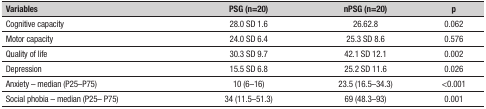
<table><thead><tr><td><b>Variables</b></td><td><b>PSG (n=20)</b></td><td><b>nPSG (n=20)</b></td><td><b>p</b></td></tr></thead><tbody><tr><td>Cognitive capacity</td><td>28.0 SD 1.6</td><td>26.62.8</td><td>0.062</td></tr><tr><td>Motor capacity</td><td>24.0 SD 6.4</td><td>25.3 SD 8.6</td><td>0.576</td></tr><tr><td>Quality of life</td><td>30.3 SD 9.7</td><td>42.1 SD 12.1</td><td>0.002</td></tr><tr><td>Depression</td><td>15.5 SD 6.8</td><td>25.2 SD 11.6</td><td>0.026</td></tr><tr><td>Anxiety – median (P25–P75)</td><td>10 (6–16)</td><td>23.5 (16.5–34.3)</td><td>&lt;0.001</td></tr><tr><td>Social phobia – median (P25– P75)</td><td>34 (11.5–51.3)</td><td>69 (48.3–93)</td><td>0.001</td></tr></tbody></table>